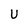
Character: U